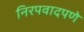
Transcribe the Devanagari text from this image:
निरपवादपणे